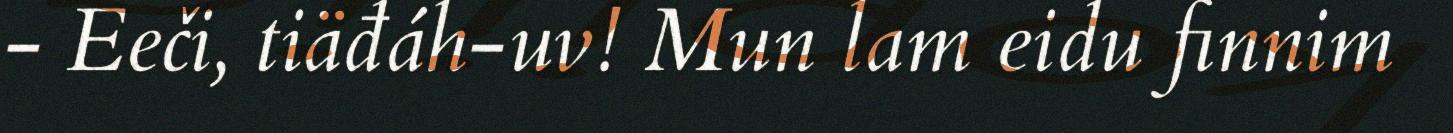
- Eeči, tiäđáh-uv! Mun lam eidu finnim